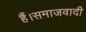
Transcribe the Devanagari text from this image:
हैं।समाजवादी